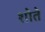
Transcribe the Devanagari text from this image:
शोते